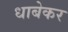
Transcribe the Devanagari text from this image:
धाबेकर